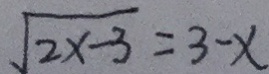
\sqrt { 2 x - 3 } = 3 - x